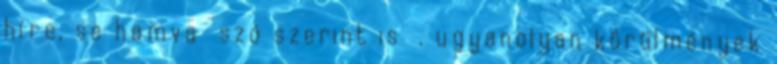
híre, se hamva szó szerint is , ugyanolyan körülmények